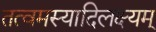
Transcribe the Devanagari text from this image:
तत्वमस्यादिलक्ष्यम्‌